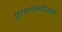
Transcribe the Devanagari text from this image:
पुराणकथेप्रमाणे